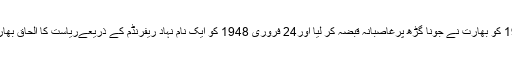
9نومبر1947 کو بھارت نے جونا گڑھ پرغاصبانہ قبضہ کر لیا اور24 فروری 1948 کو ایک نام نہاد ریفرنڈم کے ذریعےریاست کا الحاق بھارت سے ہوا.۔